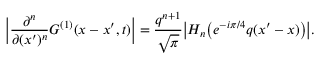
\Big | \frac { \partial ^ { n } } { \partial ( x ^ { \prime } ) ^ { n } } G ^ { ( 1 ) } ( x - x ^ { \prime } , t ) \Big | = \frac { q ^ { n + 1 } } { \sqrt { \pi } } \big | H _ { n } \big ( e ^ { - i \pi / 4 } q ( x ^ { \prime } - x ) \big ) \big | .